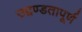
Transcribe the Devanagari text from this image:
उद्दण्डतापूर्ण